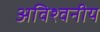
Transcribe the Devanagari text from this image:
अविश्वनीय